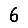
Digit: 6